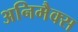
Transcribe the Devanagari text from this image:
अनिमैक्स